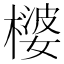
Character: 𪳪